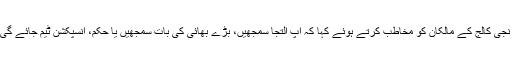
عماعت کے موقع پر معزز جج نے نجی کالج کے مالکان کو مخاطب کرتے ہوئے کہا کہ آپ التجا سمجھیں، بڑے بھائی کی بات سمجھیں یا حکم، انسپکشن ٹیم جائے گی تو پھر کوئی رعایت نہیں ملے گی۔